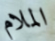
الملام